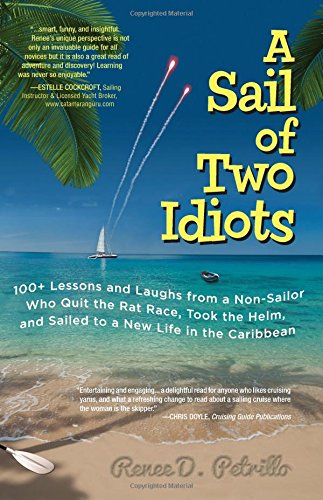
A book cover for A Sail of Two Idiots: 100+ Lessons and Laughs from a Non-Sailor  Who Quit the Rat Race, Took the Helm, and Sailed to a New Life in the Caribbean; Renee Petrillo; Sports & Outdoors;